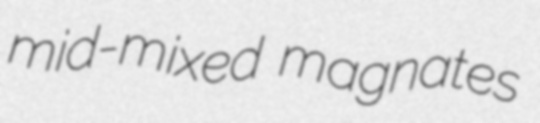
mid-mixed magnates